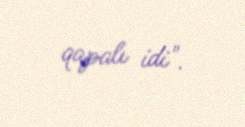
qapalı idi".